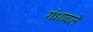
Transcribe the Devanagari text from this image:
गंधावले